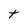
Character: t